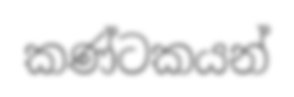
කණ්ටකයන්